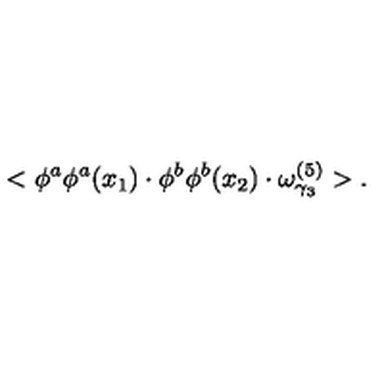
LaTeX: < \phi ^ { a } \phi ^ { a } ( x _ { 1 } ) \cdot \phi ^ { b } \phi ^ { b } ( x _ { 2 } ) \cdot \omega _ { \gamma _ { 3 } } ^ { ( 5 ) } > .